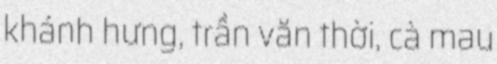
khánh hưng, trần văn thời, cà mau